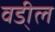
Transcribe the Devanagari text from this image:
वडी्ल